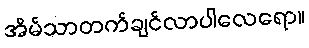
အိမ်သာတက်ချင်လာပါလေရော။